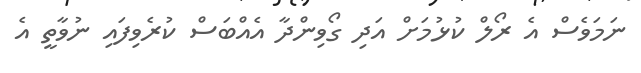
ނަމަވެސް އެ ރޯލް ކުޅުމަށް އަދި ގޯވިންދާ އެއްބަސް ކުރެވިފައި ނުވާތީ އެ